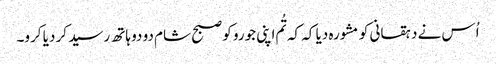
اُس نے دہقانی کو مشورہ دیا کہ کہ تُم اپنی جورو کو صبح شام دو دو ہاتھ رسید کر دیا کرو۔